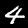
Label: 4